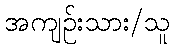
အကျဉ်းသား/သူ